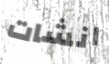
انشات